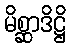
မိစ္ဆာဒိဋ္ဌိ